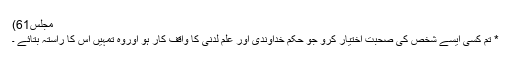
مجلس61)
* تم کسی ایسے شخص کی صحبت اختیار کرو جو حکمِ خداوندی اور علم لدنیّ کا واقف کار ہو اوروہ تمہیں اس کا راستہ بتائے ۔